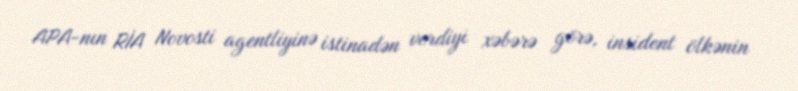
APA-nın RİA Novosti agentliyinə istinadən verdiyi xəbərə görə, insident ölkənin